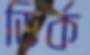
ডির্ক